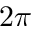
2 \pi